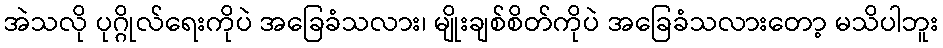
အဲသလို ပုဂ္ဂိုလ်ရေးကိုပဲ အခြေခံသလား၊ မျိုးချစ်စိတ်ကိုပဲ အခြေခံသလားတော့ မသိပါဘူး